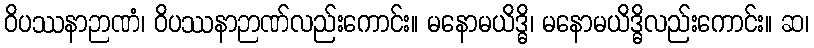
ဝိပဿနာဉာဏံ၊ ဝိပဿနာဉာဏ်လည်းကောင်း။ မနောမယိဒ္ဓိ၊ မနောမယိဒ္ဓိလည်းကောင်း။ ဆ၊